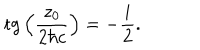
\mathrm { t g } \left( \frac { z _ { 0 } } { 2 { \hbar } c } \right) = - \frac { i } { 2 } .